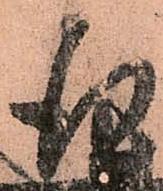
行